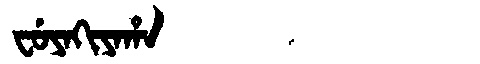
Manchu: ᠸᡠᠶᠠᡴᡳᠶᠠᡥᠠ
Romanization: FUYAKIYAHA